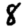
Digit: 8